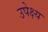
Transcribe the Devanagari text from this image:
उपेक्ष्य